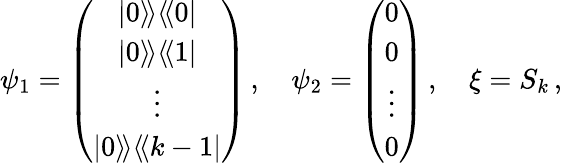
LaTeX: \psi_{1}=\left(\begin{array}{c}{{|0\rangle\! \rangle\langle\! \langle 0|}}\\ {{|0\rangle\! \rangle\langle\! \langle 1|}}\\ {{\vdots}}\\ {{|0\rangle\! \rangle\langle\! \langle k-1|}}\end{array}\right)\, ,\quad\psi_{2}=\left(\begin{array}{c}{{0}}\\ {{0}}\\ {{\vdots}}\\ {{0}}\end{array}\right)\, ,\quad\xi=S_{k}\, ,